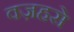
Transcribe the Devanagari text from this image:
वज़हसे